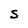
Character: S